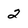
Character: 2